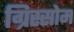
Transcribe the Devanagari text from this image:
ग्रिस्सोम